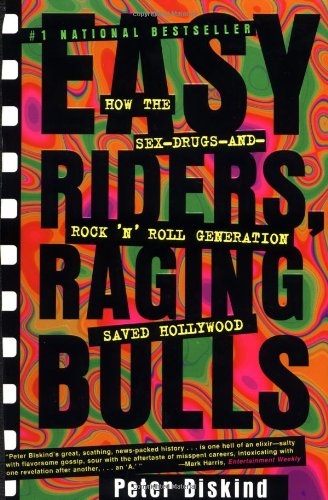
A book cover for Easy Riders, Raging Bulls: How the Sex-Drugs-and-Rock 'N' Roll Generation Saved Hollywood; Peter Biskind; Humor & Entertainment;